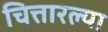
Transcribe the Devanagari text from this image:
चित्तारल्या